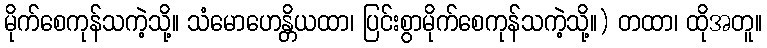
မိုက်စေကုန်သကဲ့သို့။ သံမောဟေန္တိယထာ၊ ပြင်းစွာမိုက်စေကုန်သကဲ့သို့။) တထာ၊ ထိုအတူ။